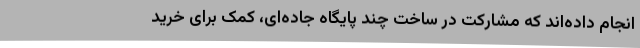
انجام داده‌اند که مشارکت در ساخت چند پایگاه جاده‌ای، کمک برای خرید